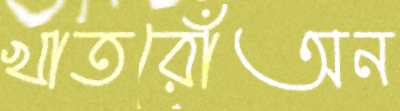
খাতরোঁঅন